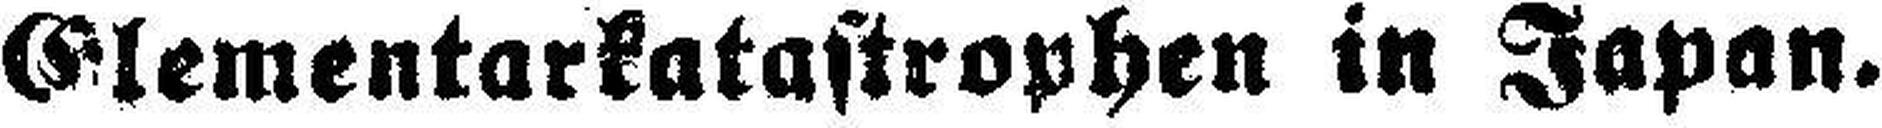
Clementarkatastrophen in Japan.